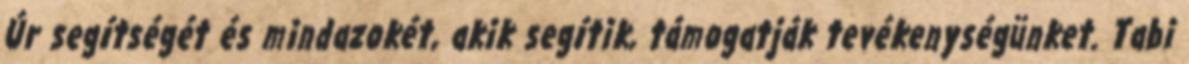
Úr segítségét és mindazokét, akik segítik, támogatják tevékenységünket. Tabi